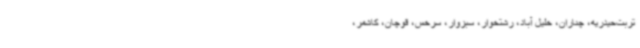
تربت‌حیدریه، چناران، خلیل آباد، رشتخوار، سبزوار، سرخس، قوچان، کاشمر،